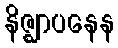
နိဇ္ဈာပနေန